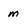
Character: m